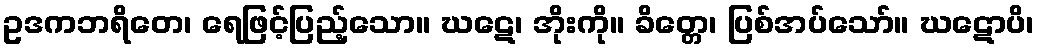
ဥဒကဘရိတေ၊ ရေဖြင့်ပြည့်သော။ ဃဋေ၊ အိုးကို။ ခိတ္တေ၊ ပြစ်အပ်သော်။ ဃဋောပိ၊